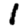
Digit: 1